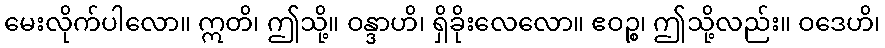
မေးလိုက်ပါလော။ ဣတိ၊ ဤသို့။ ဝန္ဒာဟိ၊ ရှိခိုးလေလော။ ဧဝဉ္စ၊ ဤသို့လည်း။ ဝဒေဟိ၊